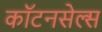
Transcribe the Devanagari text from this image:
कॉटनसेल्स